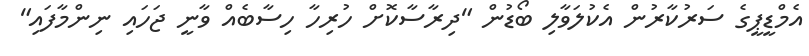
އެމްޑީޕީގެ ސަރުކާރުން އެކުލަވާލި ބޯޑުން "ދިރާސާކޮށް ހުރިހާ ހިސާބެއް ވާނީ ޖަހައި ނިންމާފައި"